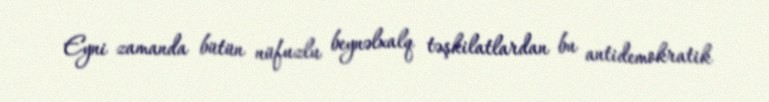
Eyni zamanda bütün nüfuzlu beynəlxalq təşkilatlardan bu antidemokratik